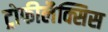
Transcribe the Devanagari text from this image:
ट्रोफीलैक्सिस